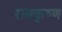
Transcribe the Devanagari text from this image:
रामकृष्‍ण